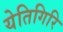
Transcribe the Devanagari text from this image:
येतिगिरि